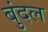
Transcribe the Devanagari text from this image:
बुंदल